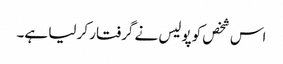
اس شخص کو پولیس نے گرفتار کر لیا ہے۔